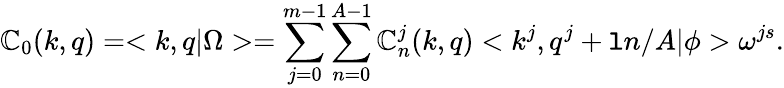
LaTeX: \mathbb{C}_{0}(k,q)=<k,q|\Omega>=\sum_{j=0}^{m-1}\sum_{n=0}^{A-1}\mathbb{C}_{n}^{j}(k,q)<k^{j},q^{j}+\mathtt{l}n/A|\phi>\omega^{js}.